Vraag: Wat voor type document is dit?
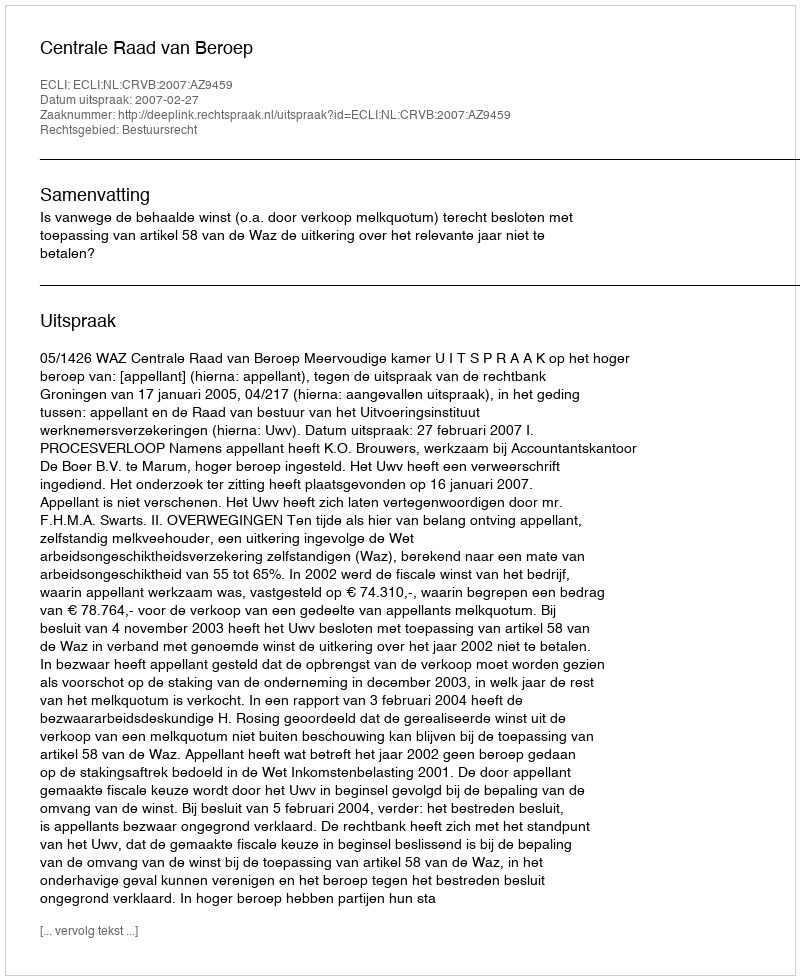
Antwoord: Uitspraak